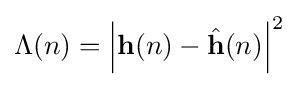
\Lambda (n)=\left|\mathbf {h} (n)-{\hat {\mathbf {h} }}(n)\right|^{2}